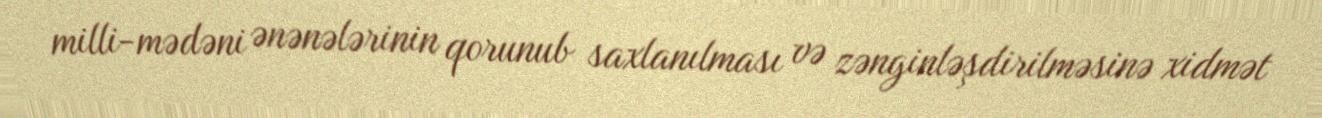
milli-mədəni ənənələrinin qorunub saxlanılması və zənginləşdirilməsinə xidmət